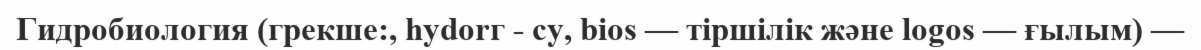
Гидробиология (грекше:, hydorг - су, bios — тіршілік және logos — ғылым) —